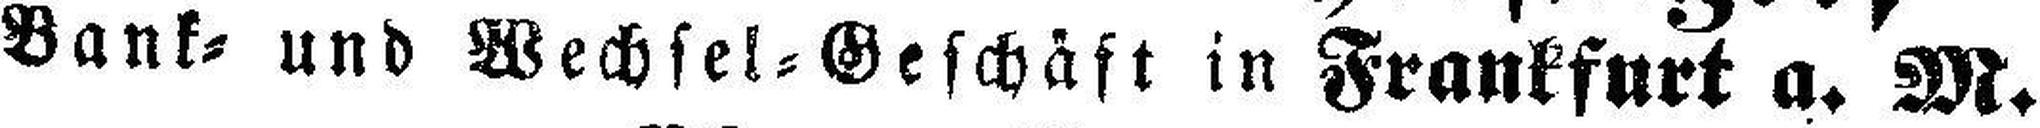
Bank= und Wechsel=Geschäft in Frankfurt a. M.